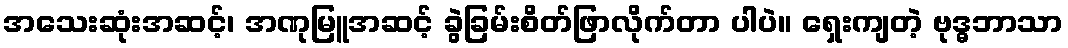
အသေးဆုံးအဆင့်၊ အဏုမြူအဆင့် ခွဲခြမ်းစိတ်ဖြာလိုက်တာ ပါပဲ။ ရှေးကျတဲ့ ဗုဒ္ဓဘာသာ